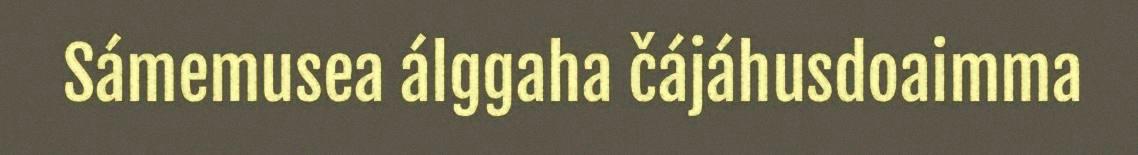
Sámemusea álggaha čájáhusdoaimma